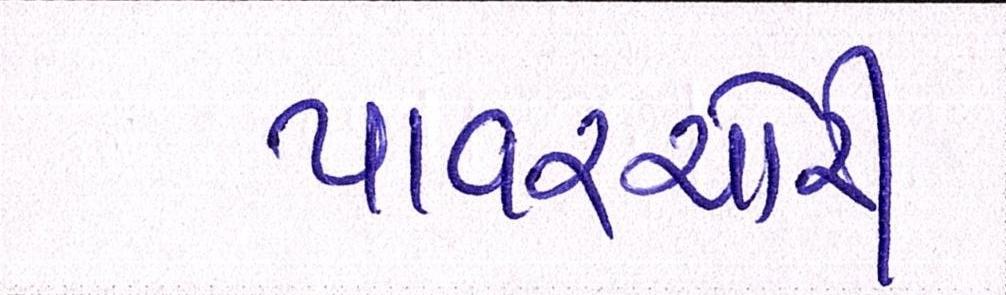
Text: પાવરચોરી